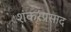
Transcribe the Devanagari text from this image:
शंकरप्रसाद